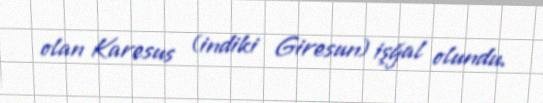
olan Karesus (indiki Giresun) işğal olundu.